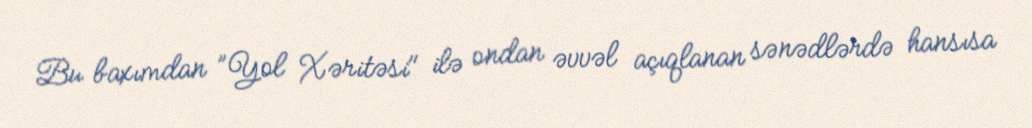
Bu baxımdan ”Yol Xəritəsi" ilə ondan əvvəl açıqlanan sənədlərdə hansısa